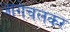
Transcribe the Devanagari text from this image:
आगेचलकर